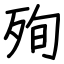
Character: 殉